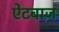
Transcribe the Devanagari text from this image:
ऐटबाज